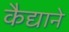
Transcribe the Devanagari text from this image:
कैद्याने